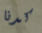
كدنا